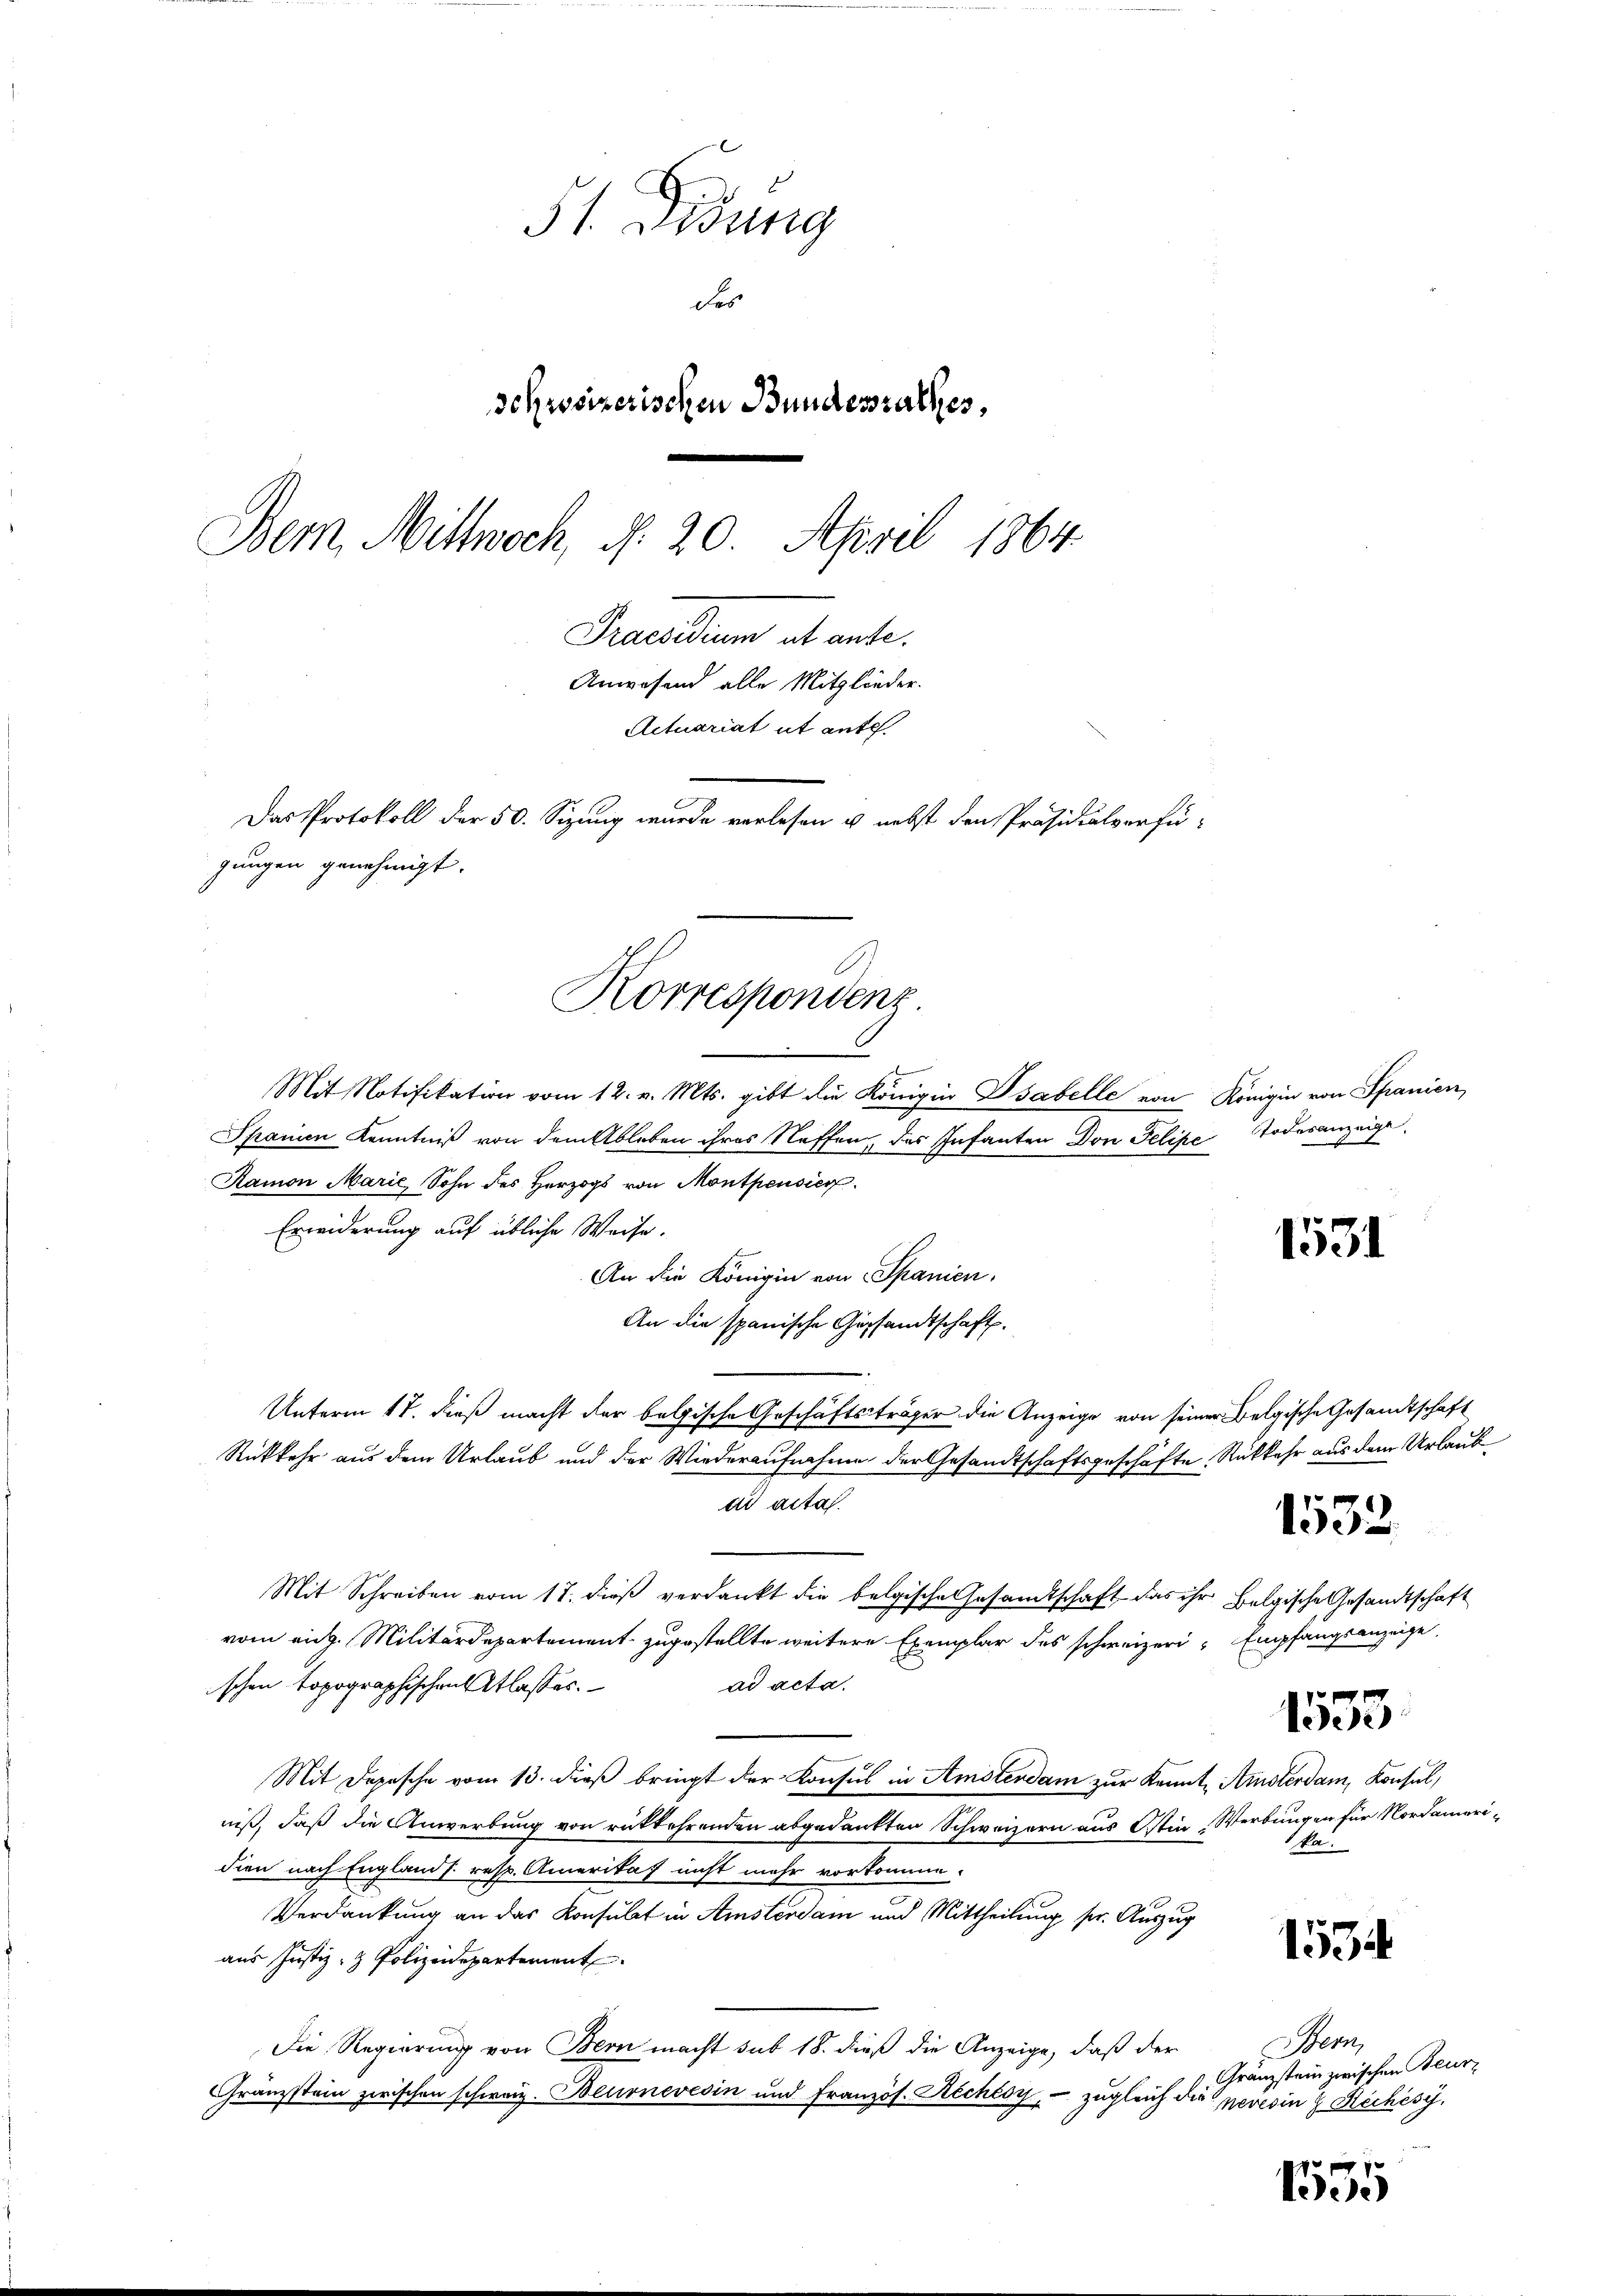
51 Didung
des
schweizerischen Bundesrathes,
Dem Mittwoch, d. 20. April 1864.
Praesidium et ante.
Anwesend alle Mitglieder.
Actuariat ut ante.
Das Protokoll der 50. Sizung wurde verlesen u. nebst den Präsidialverfügungen genehmigt.

Mit Notifikation vom 12. v. Mts. gibt die Königin Isabelle von Königin von Spanien,
Spanien Kenntniß von dem Ableben ihres Neffen, das Infanten Don Felipe Todesanzeige
Ramon Marie, Sohn des Herzogs von Montpensier
Erwiderung auf übliche Weise.
An die Königin von Spanien,
An die spanische Gesandtschaft.
Unterm 17. dieß macht der belgische Geschäftsträger die Anzeige von seiner Belgische Gesandtschaft
Rückkehr aus dem Urlaub und der Wiederaufnahme der Gesandtschaftsgeschäfte Rückkehr aus dem Urlaub
di acta.
Mit Schreiben vom 17. dieβ verdankt die belgische Gesamtschaft das ihr Belgische Gesandtschaft
vom eing. Militärdepartement zugestellte weitere Exemplar des schweizeri-Empfangsanzeige
schen topographischen Atlasses.
ad acta.
Mit Depesche vom 13. dieß bringt der Konsul in Amsterdam zur Kennt Amsterdam, Konsul,
niß, daß die Anwerbung von rückkehrenden abgedankten Schweizern aus Ostin Werbungen für Nordameridien nach England s. resp. Amerikaf nicht mehr vorkomme.
Verdankung an das Konsulat in Amsterdam und Mittheilung pr. Auszug
aus Justiz- & Polizeidepartement
Die Regierung von Bern macht sub 18. dieß die Anzeige, daß der
Gränzstein zwischen schweiz. Beurnevesin und französ. Rechésy, – zugleich die nevesin 9 Réchési¬

Korrespondenz

1531

1532.

Niede

1534

1555

ka.

Stern
Gränzstein zwischen Beur¬